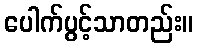
ပေါက်ပွင့်သာတည်း။